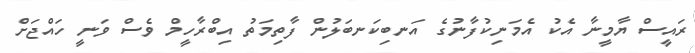
ރައީސް ޔާމީނާ އެކު އެމަނިކުފާނުގެ އަނބިކަނބަލުން ފާތިމަތު އިބްރާހީމް ވެސް ވަނީ ހައްޖަށް